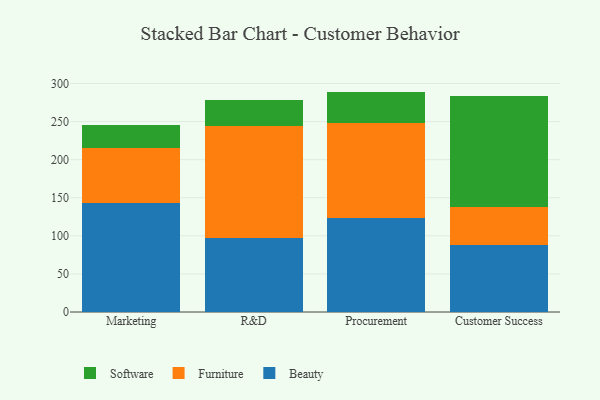
{"axis": {"x": "Department", "y": "Inventory Turnover"}, "legend": ["Beauty", "Furniture", "Software"], "data": [{"x": "Marketing", "y": 143.3, "type": "Beauty"}, {"x": "Marketing", "y": 72.7, "type": "Furniture"}, {"x": "Marketing", "y": 30.1, "type": "Software"}, {"x": "R&D", "y": 97.1, "type": "Beauty"}, {"x": "R&D", "y": 146.9, "type": "Furniture"}, {"x": "R&D", "y": 34.8, "type": "Software"}, {"x": "Procurement", "y": 124.0, "type": "Beauty"}, {"x": "Procurement", "y": 124.6, "type": "Furniture"}, {"x": "Procurement", "y": 40.8, "type": "Software"}, {"x": "Customer Success", "y": 87.6, "type": "Beauty"}, {"x": "Customer Success", "y": 50.9, "type": "Furniture"}, {"x": "Customer Success", "y": 145.2, "type": "Software"}]}